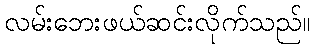
လမ်းဘေးဖယ်ဆင်းလိုက်သည်။